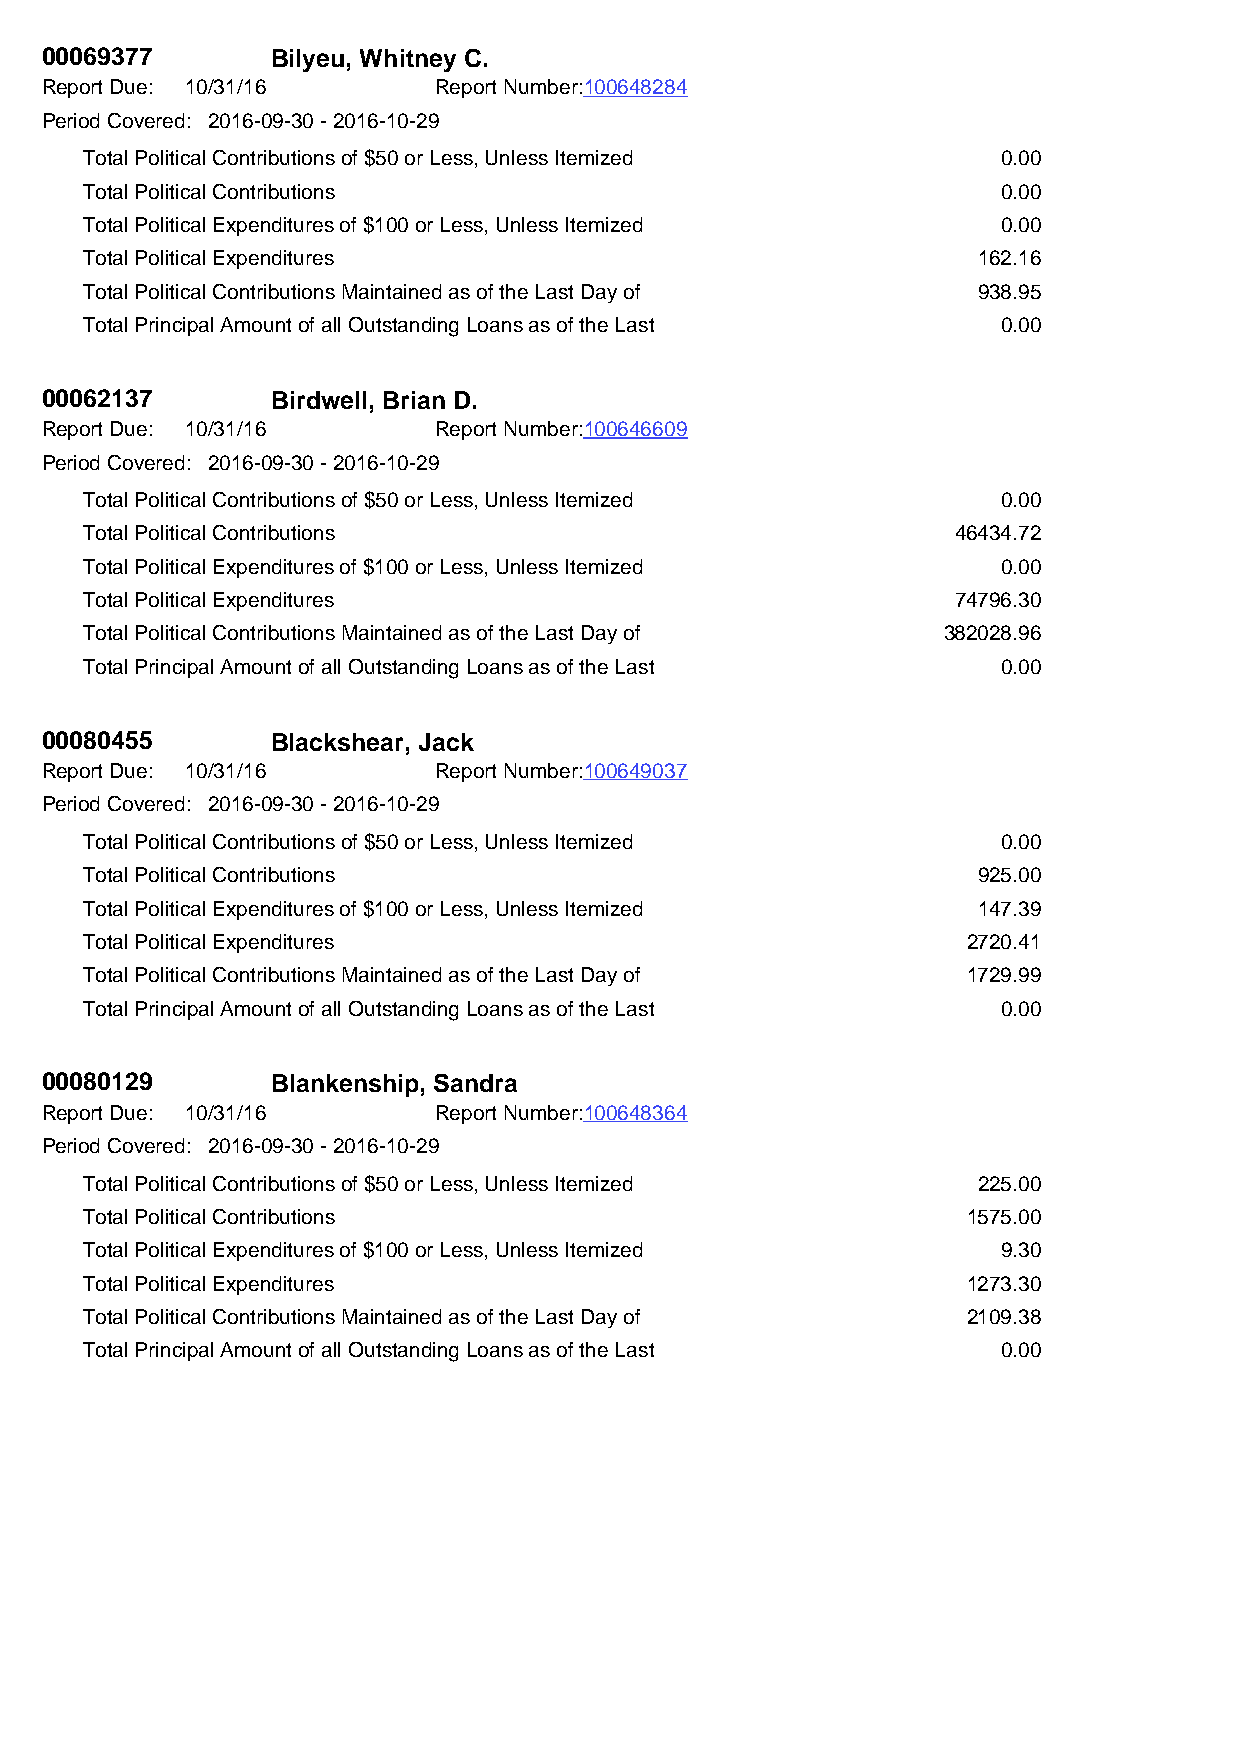
00069377       Bilyeu, Whitney C.
 Report Due: 10/31/16      Report Number:100648284
 Period Covered: 2016-09-30 - 2016-10-29
 Total Political Contributions of $50 or Less, Unless Itemized 0.00
 Total Political Contributions                               0.00
 Total Political Expenditures of $100 or Less, Unless Itemized 0.00
 Total Political Expenditures                               162.16
 Total Political Contributions Maintained as of the Last Day of 938.95
 Total Principal Amount of all Outstanding Loans as of the Last 0.00
 00062137       Birdwell, Brian D.
 Report Due: 10/31/16      Report Number:100646609
 Period Covered: 2016-09-30 - 2016-10-29
 Total Political Contributions of $50 or Less, Unless Itemized 0.00
 Total Political Contributions                            46434.72
 Total Political Expenditures of $100 or Less, Unless Itemized 0.00
 Total Political Expenditures                             74796.30
 Total Political Contributions Maintained as of the Last Day of 382028.96
 Total Principal Amount of all Outstanding Loans as of the Last 0.00
 00080455       Blackshear, Jack
 Report Due: 10/31/16      Report Number:100649037
 Period Covered: 2016-09-30 - 2016-10-29
 Total Political Contributions of $50 or Less, Unless Itemized 0.00
 Total Political Contributions                              925.00
 Total Political Expenditures of $100 or Less, Unless Itemized 147.39
 Total Political Expenditures                              2720.41
 Total Political Contributions Maintained as of the Last Day of 1729.99
 Total Principal Amount of all Outstanding Loans as of the Last 0.00
 00080129       Blankenship, Sandra
 Report Due: 10/31/16      Report Number:100648364
 Period Covered: 2016-09-30 - 2016-10-29
 Total Political Contributions of $50 or Less, Unless Itemized 225.00
 Total Political Contributions                             1575.00
 Total Political Expenditures of $100 or Less, Unless Itemized 9.30
 Total Political Expenditures                              1273.30
 Total Political Contributions Maintained as of the Last Day of 2109.38
 Total Principal Amount of all Outstanding Loans as of the Last 0.00